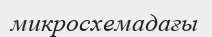
микросхемадағы